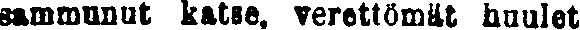
sammunut katse, verettömät huulet